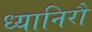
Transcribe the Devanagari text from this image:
ध्यानिरौ